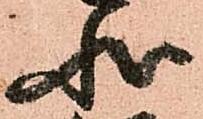
状